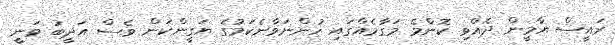
ރައީސް ޔާމީން ދެއްވި ކޮންމެ މަގާމެއްގައި ހުންނަވާނެކަމުގެ ޔަގީންކަން ވެސް އަދީބު ވަނީ